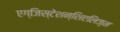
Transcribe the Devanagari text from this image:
एग्जिस्टेशन्शिएलिज़्म